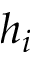
h _ { i }